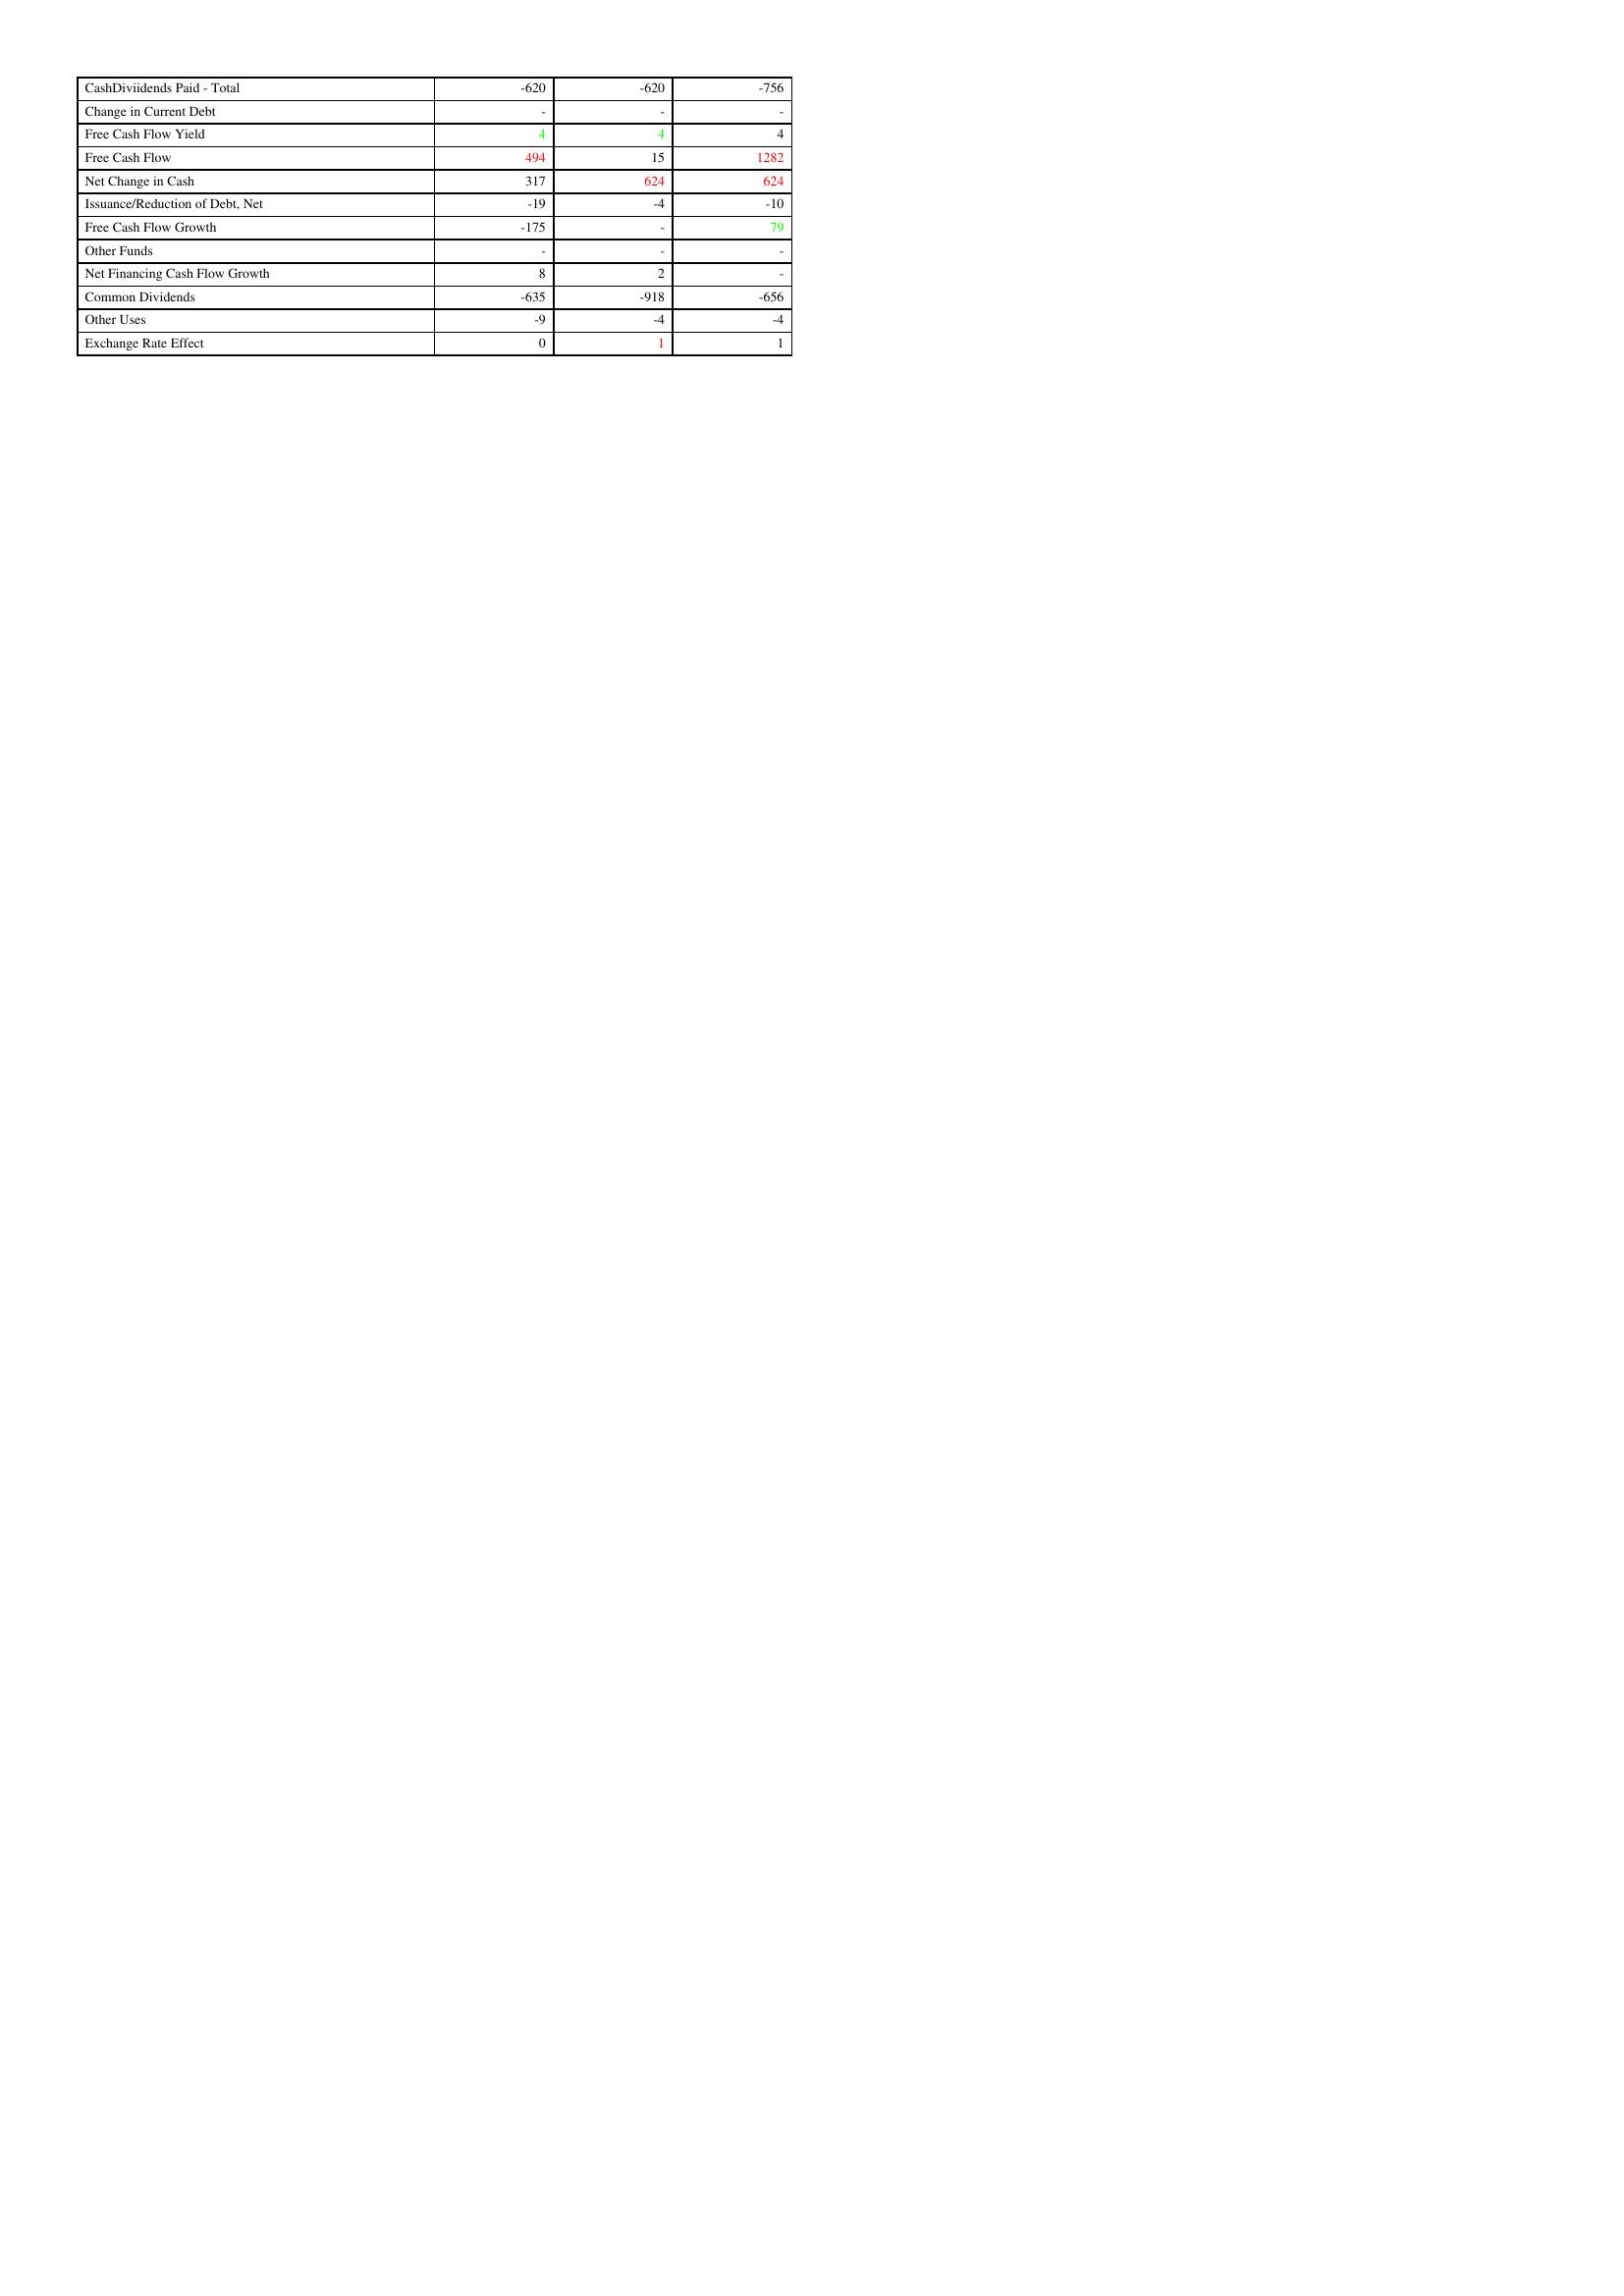
gt_parse: 2003: Financing Activities: CashDiviidends Paid - Total: -620
Change in Current Debt: -
Free Cash Flow Yield: 4
Free Cash Flow: 494
Net Change in Cash: 317
Issuance/Reduction of Debt, Net: -19
Free Cash Flow Growth: -175
Other Funds: -
Net Financing Cash Flow Growth: 8
Common Dividends: -635
Other Uses: -9
Exchange Rate Effect: 0
2002: Financing Activities: CashDiviidends Paid - Total: -620
Change in Current Debt: -
Free Cash Flow Yield: 4
Free Cash Flow: 15
Net Change in Cash: 624
Issuance/Reduction of Debt, Net: -4
Free Cash Flow Growth: -
Other Funds: -
Net Financing Cash Flow Growth: 2
Common Dividends: -918
Other Uses: -4
Exchange Rate Effect: 1
2001: Financing Activities: CashDiviidends Paid - Total: -756
Change in Current Debt: -
Free Cash Flow Yield: 4
Free Cash Flow: 1282
Net Change in Cash: 624
Issuance/Reduction of Debt, Net: -10
Free Cash Flow Growth: 79
Other Funds: -
Net Financing Cash Flow Growth: -
Common Dividends: -656
Other Uses: -4
Exchange Rate Effect: 1